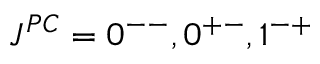
J ^ { P C } = 0 ^ { -- } , 0 ^ { + - } , 1 ^ { - + }